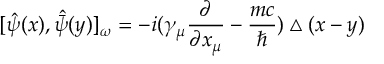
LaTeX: [ \hat { \psi } ( x ) , \hat { \bar { \psi } } ( y ) ] _ { \omega } = - i ( \gamma _ { \mu } \frac { \partial } { \partial x _ { \mu } } - \frac { m c } { \hbar } ) \bigtriangleup ( x - y )